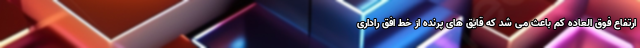
ارتفاع فوق العاده کم باعث می شد که قایق های پرنده از خط افق راداری